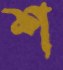
শ